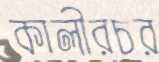
কালীরচর